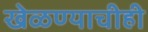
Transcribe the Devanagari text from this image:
खेळण्याचीही